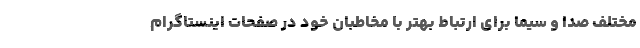
مختلف صدا و سیما برای ارتباط بهتر با مخاطبان خود در صفحات اینستاگرام